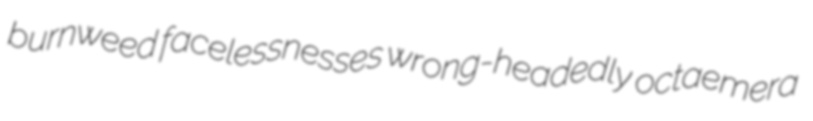
burnweed facelessnesses wrong-headedly octaemera